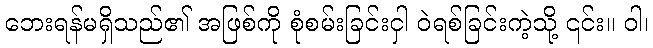
ဘေးရန်မရှိသည်၏ အဖြစ်ကို စုံစမ်းခြင်းငှါ ဝဲရစ်ခြင်းကဲ့သို့ ၎င်း။ ဝါ၊